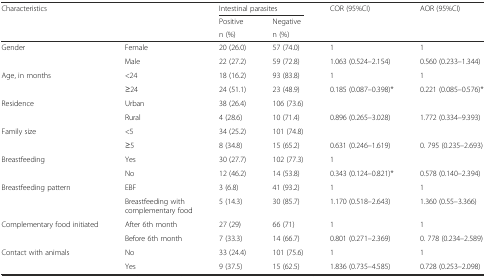
<table><thead><tr><td rowspan="3" colspan="2"><b>Characteristics</b></td><td colspan="2"><b>Intestinal parasites</b></td><td rowspan="3"><b>COR (95%CI)</b></td><td rowspan="3"><b>AOR (95%CI)</b></td></tr><tr><td><b>Positive</b></td><td><b>Negative</b></td></tr><tr><td><b>n (%)</b></td><td><b>n (%)</b></td></tr></thead><tbody><tr><td rowspan="2">Gender</td><td>Female</td><td>20 (26.0)</td><td>57 (74.0)</td><td>1</td><td>1</td></tr><tr><td>Male</td><td>22 (27.2)</td><td>59 (72.8)</td><td>1.063 (0.524–2.154)</td><td>0.560 (0.233–1.344)</td></tr><tr><td rowspan="2">Age, in months</td><td>&lt;24</td><td>18 (16.2)</td><td>93 (83.8)</td><td>1</td><td>1</td></tr><tr><td>≥24</td><td>24 (51.1)</td><td>23 (48.9)</td><td>0.185 (0.087–0.398)*</td><td>0.221 (0.085–0.576)*</td></tr><tr><td rowspan="2">Residence</td><td>Urban</td><td>38 (26.4)</td><td>106 (73.6)</td><td></td><td></td></tr><tr><td>Rural</td><td>4 (28.6)</td><td>10 (71.4)</td><td>0.896 (0.265–3.028)</td><td>1.772 (0.334–9.393)</td></tr><tr><td rowspan="2">Family size</td><td>&lt;5</td><td>34 (25.2)</td><td>101 (74.8)</td><td></td><td></td></tr><tr><td>≥5</td><td>8 (34.8)</td><td>15 (65.2)</td><td>0.631 (0.246–1.619)</td><td>0. 795 (0.235–2.693)</td></tr><tr><td rowspan="2">Breastfeeding</td><td>Yes</td><td>30 (27.7)</td><td>102 (77.3)</td><td>1</td><td></td></tr><tr><td>No</td><td>12 (46.2)</td><td>14 (53.8)</td><td>0.343 (0.124–0.821)*</td><td>0.578 (0.140–2.394)</td></tr><tr><td rowspan="2">Breastfeeding pattern</td><td>EBF</td><td>3 (6.8)</td><td>41 (93.2)</td><td>1</td><td>1</td></tr><tr><td>Breastfeeding with complementary food</td><td>5 (14.3)</td><td>30 (85.7)</td><td>1.170 (0.518–2.643)</td><td>1.360 (0.55–3.366)</td></tr><tr><td rowspan="2">Complementary food initiated</td><td>After 6th month</td><td>27 (29)</td><td>66 (71)</td><td>1</td><td>1</td></tr><tr><td>Before 6th month</td><td>7 (33.3)</td><td>14 (66.7)</td><td>0.801 (0.271–2.369)</td><td>0. 778 (0.234–2.589)</td></tr><tr><td rowspan="2">Contact with animals</td><td>No</td><td>33 (24.4)</td><td>101 (75.6)</td><td>1</td><td>1</td></tr><tr><td>Yes</td><td>9 (37.5)</td><td>15 (62.5)</td><td>1.836 (0.735–4.585)</td><td>0.728 (0.253–2.098)</td></tr></tbody></table>